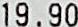
19.90